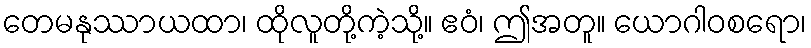
တေမနုဿာယထာ၊ ထိုလူတို့ကဲ့သို့။ ဧဝံ၊ ဤအတူ။ ယောဂါဝစရော၊